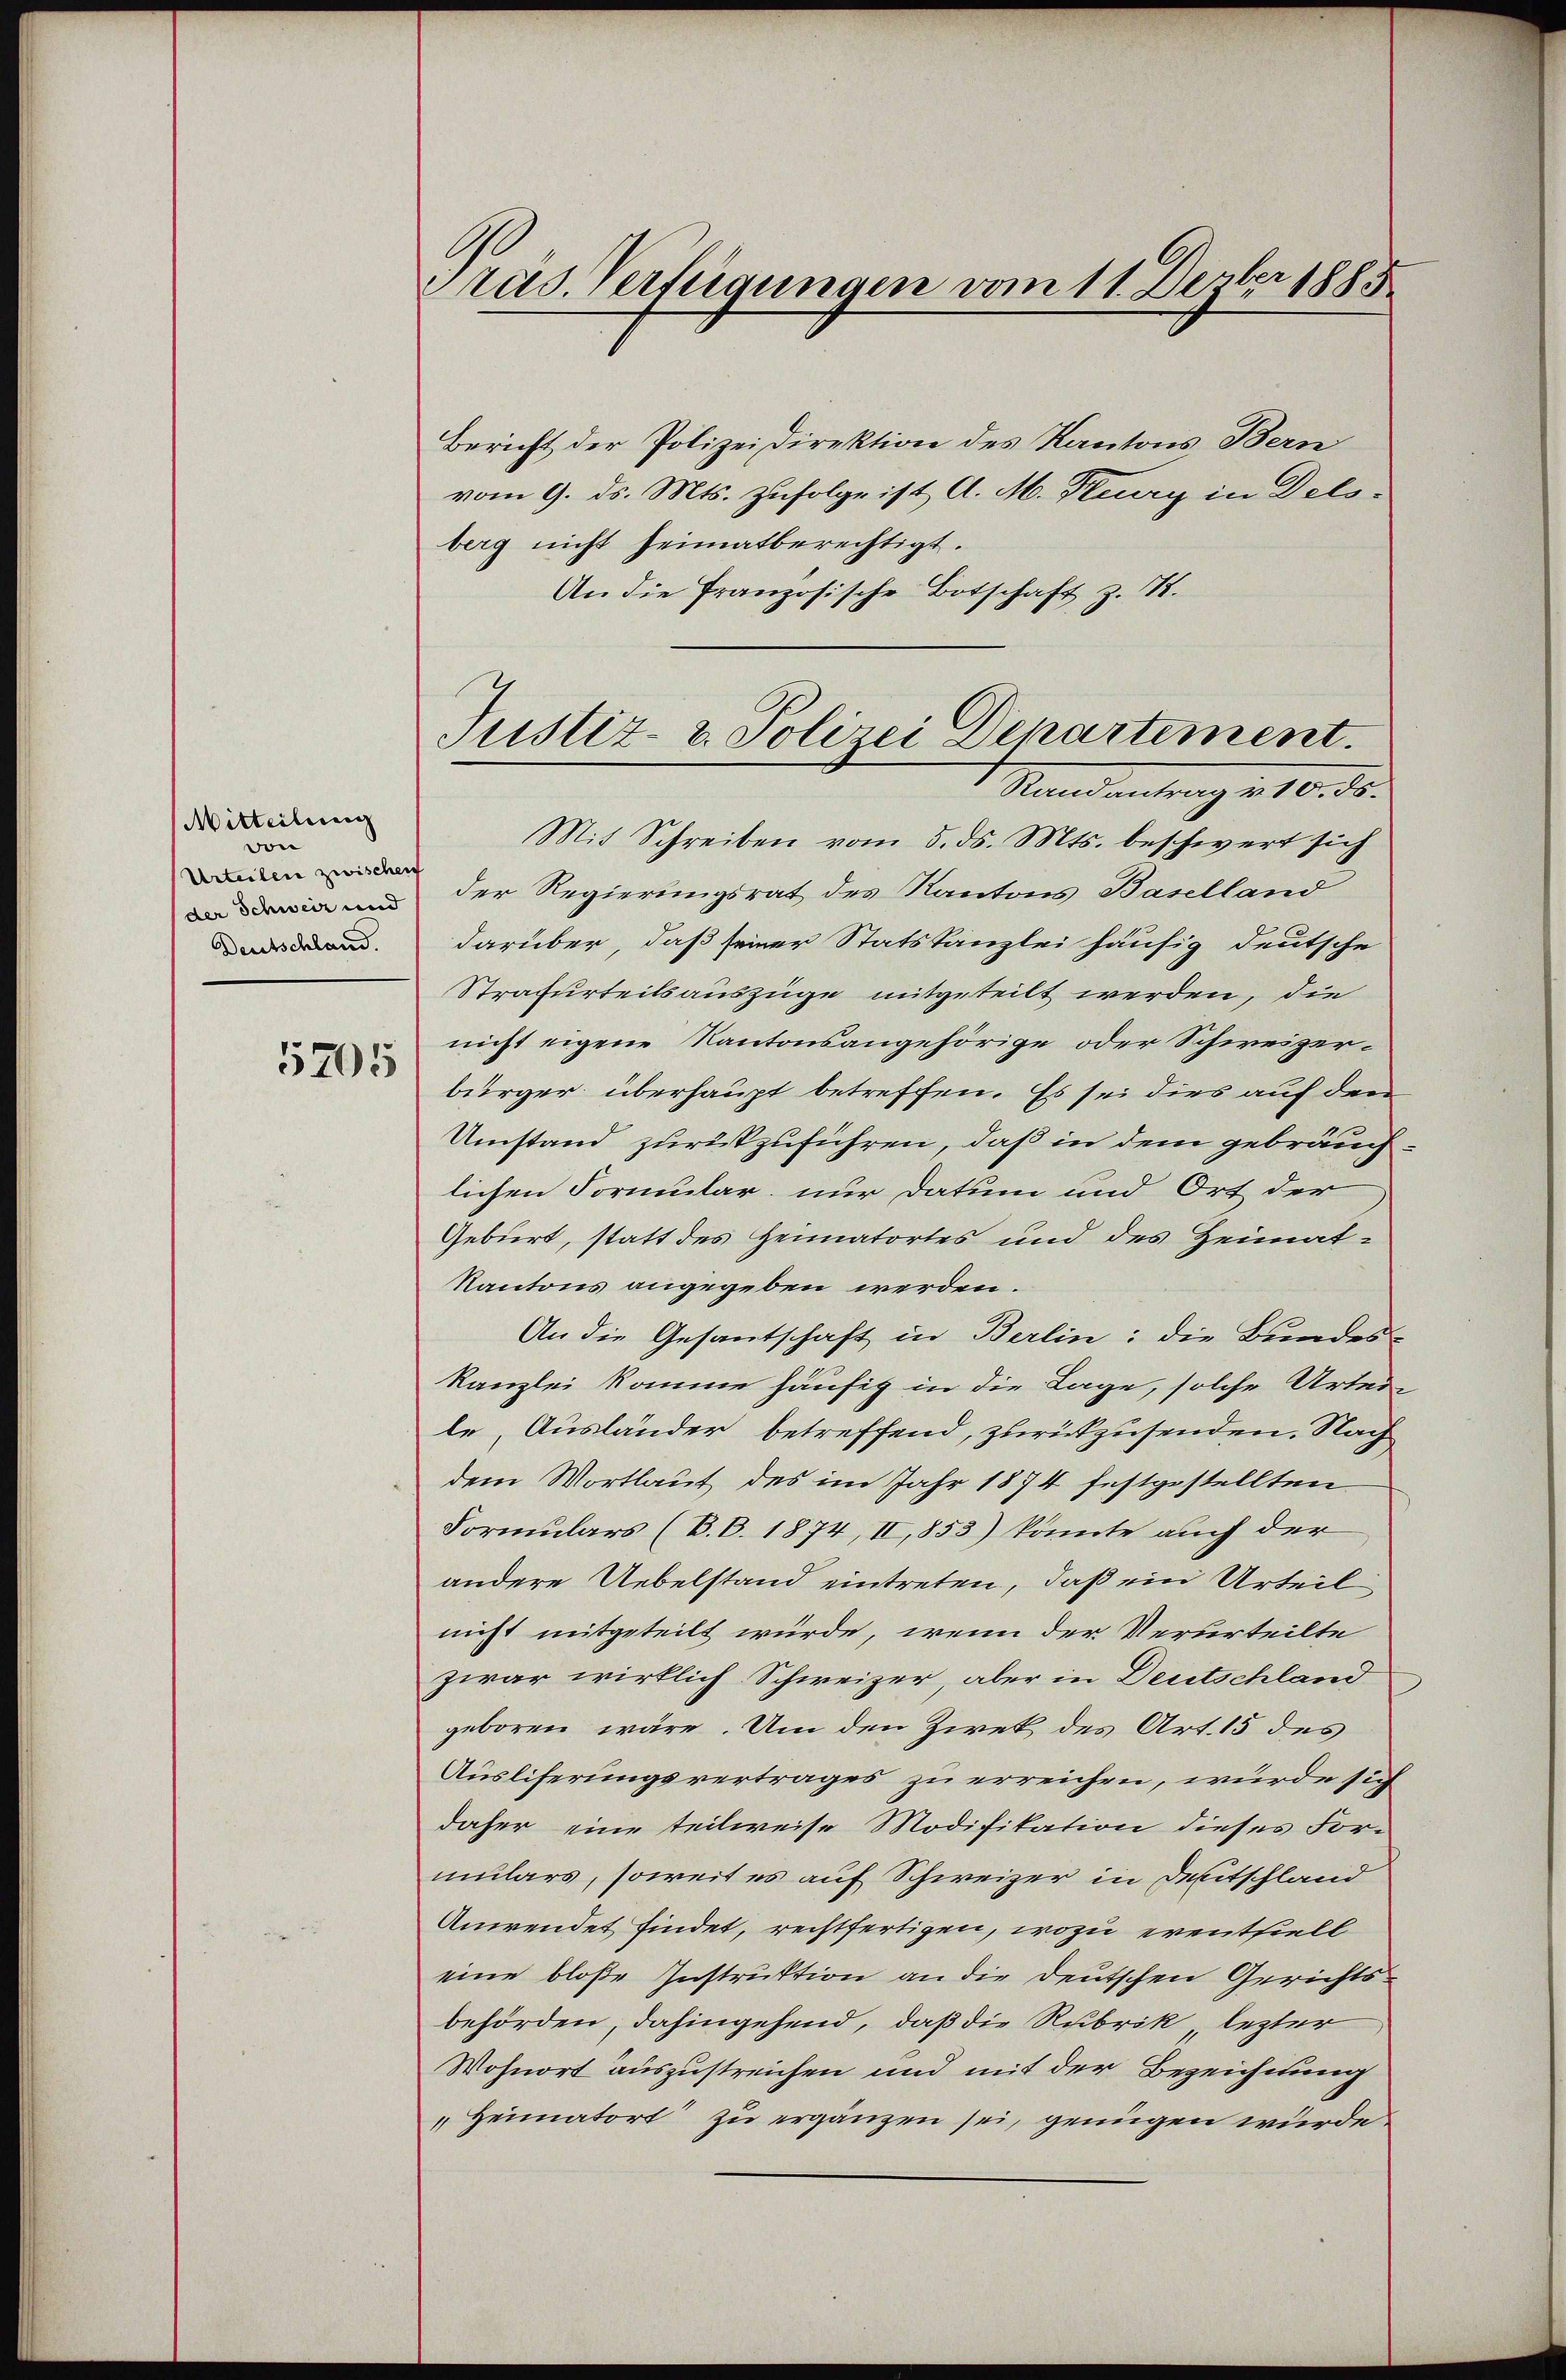
Mitteilung
von
Urteilen zwischen
der Schweiz und
Deutschland.

5705

Pras. Verfügungen vom 11. Dember 1885

Bericht der Polizeidirektion des Kantons Bern
vom 9. ds. Mts. zufolge ist A. M. Stuary in Dels-
berg nicht heimatberechtigt.
An die französische Botschaft z. B.
Mit Schreiben vom 5. ds. Mts. beschwert sich
der Regierungsrat des Kantons Baselland
darüber, daß seiner Statskanzlei häufig deutsche
Strafurteilsauszüge mitgeteilt werden, die
nicht eigene Kantonsangehörige oder Schweizerbürger überhaupt betreffen. Es sei dies auf den
Umstand zurükzuführen, daß in dem gebräuch
lichen Formular nur Datum und Ort der
Geburt, statt des Heimatortes und des Heimat-
Kantons angegeben werden.
An die Gesantschaft in Berlin: die Bundes-
Kanzlei komme häufig in die Lage, solche Urtei-
le, Ausländer betreffend, zurückzusenden. Nach
dem Wortlaut des im Jahr 1874 festgestellten
Formulars (B.B. 1874, II,853) könnte auch der
andere Uebelstand eintreten, daß ein Urteil
nicht mitgeteilt würde, wenn der Verurteilte
zwar wirklich Schweizer, aber in Deutschland
geboren wäre. Um den Zwek des Art. 15 des
Ausliferungsvertrages zu erreichen, wurde sich
daher eine teilweise Modifikation dieses For-
mulars, soweit es auf Schweizer in Deutschland
Anwendet findet, rechtfertigen, wozu erentfiell
eine bloße Instruktion an die Deutschen Gerichtsbehörden, dahingehend, daß die Rubrik lezter
Wohnort auszustreichen und mit der Bezeichnung
„Heimatort zu ergänzen sei, genügen wurde

Justiz- & Polizei Departement.
Randantrag v. 10. ds.